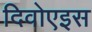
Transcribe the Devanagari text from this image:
दिवोएइस